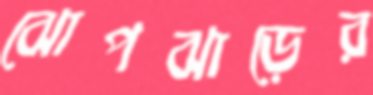
ঝোপঝাড়ের